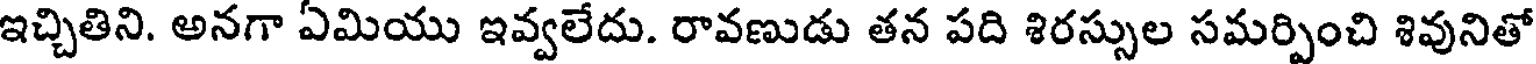
ఇచ్చితిని. అనగా ఏమియు ఇవ్వలేదు. రావణుడు తన పది శిరస్సుల సమర్పించి శివునితో